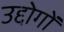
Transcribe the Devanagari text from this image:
उद्दोगों